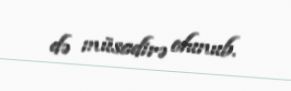
də müsadirə olunub.